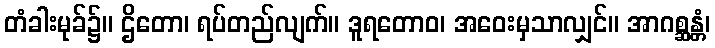
တံခါးမုခ်၌။ ဌိတော၊ ရပ်တည်လျက်။ ဒူရတောဝ၊ အဝေးမှသာလျှင်။ အာဂစ္ဆန္တံ၊